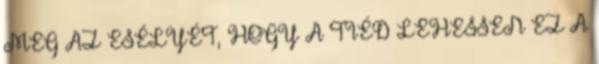
MEG AZ ESÉLYÉT, HOGY A TIÉD LEHESSEN EZ A